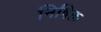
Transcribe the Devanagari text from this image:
निषिक्त